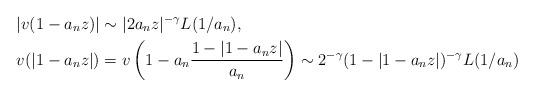
LaTeX: \begin{align*}|v(1-a_n z)| &\sim |2a_n z|^{-\gamma} L(1/a_n), \\v(|1-a_n z|) &= v\left(1-a_n \frac {1- |1-a_n z|}{a_n}\right)\sim 2^{-\gamma} (1- |1-a_n z|)^{-\gamma} L(1/a_n) \end{align*}